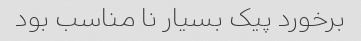
برخورد پیک بسیار نا مناسب بود